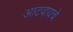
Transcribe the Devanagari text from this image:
आटवायचे